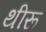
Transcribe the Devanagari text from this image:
थीरू